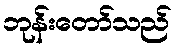
ဘုန်းတော်သည်